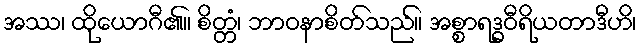
အဿ၊ ထိုယောဂီ၏။ စိတ္တံ၊ ဘာဝနာစိတ်သည်။ အစ္စာရဒ္ဓဝီရိယတာဒီဟိ၊